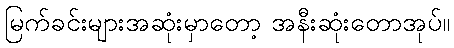
မြက်ခင်းများအဆုံးမှာတော့ အနီးဆုံးတောအုပ်။